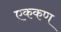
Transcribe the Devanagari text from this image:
एककण